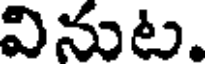
వినుట.